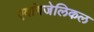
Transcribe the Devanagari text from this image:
एवांगजेलिकल